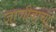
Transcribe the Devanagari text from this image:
जाणीवांचा